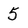
Character: 5